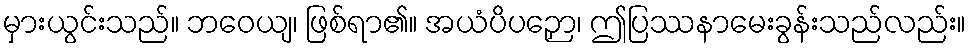
မှားယွင်းသည်။ ဘဝေယျ၊ ဖြစ်ရာ၏။ အယံပိပဉှော၊ ဤပြဿနာမေးခွန်းသည်လည်း။